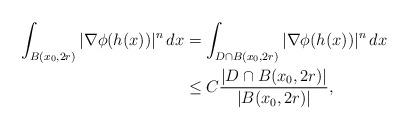
LaTeX: \begin{align*}\int_{B(x_0,2r)}|\nabla \phi(h(x))|^n\, dx & = \int_{D\cap B(x_0,2r)}|\nabla \phi(h(x))|^n\, dx \\& \leq C\frac{|D\cap B(x_0,2r)|}{|B(x_0,2r)|},\end{align*}